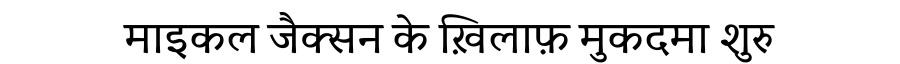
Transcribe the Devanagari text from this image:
माइकल जैक्सन के ख़िलाफ़ मुकदमा शुरु